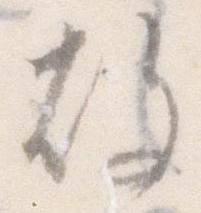
故